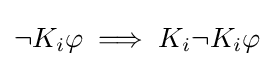
\neg K_{i}\varphi \implies K_{i}\neg K_{i}\varphi